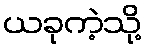
ယခုကဲ့သို့